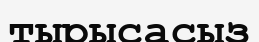
тырысасыз